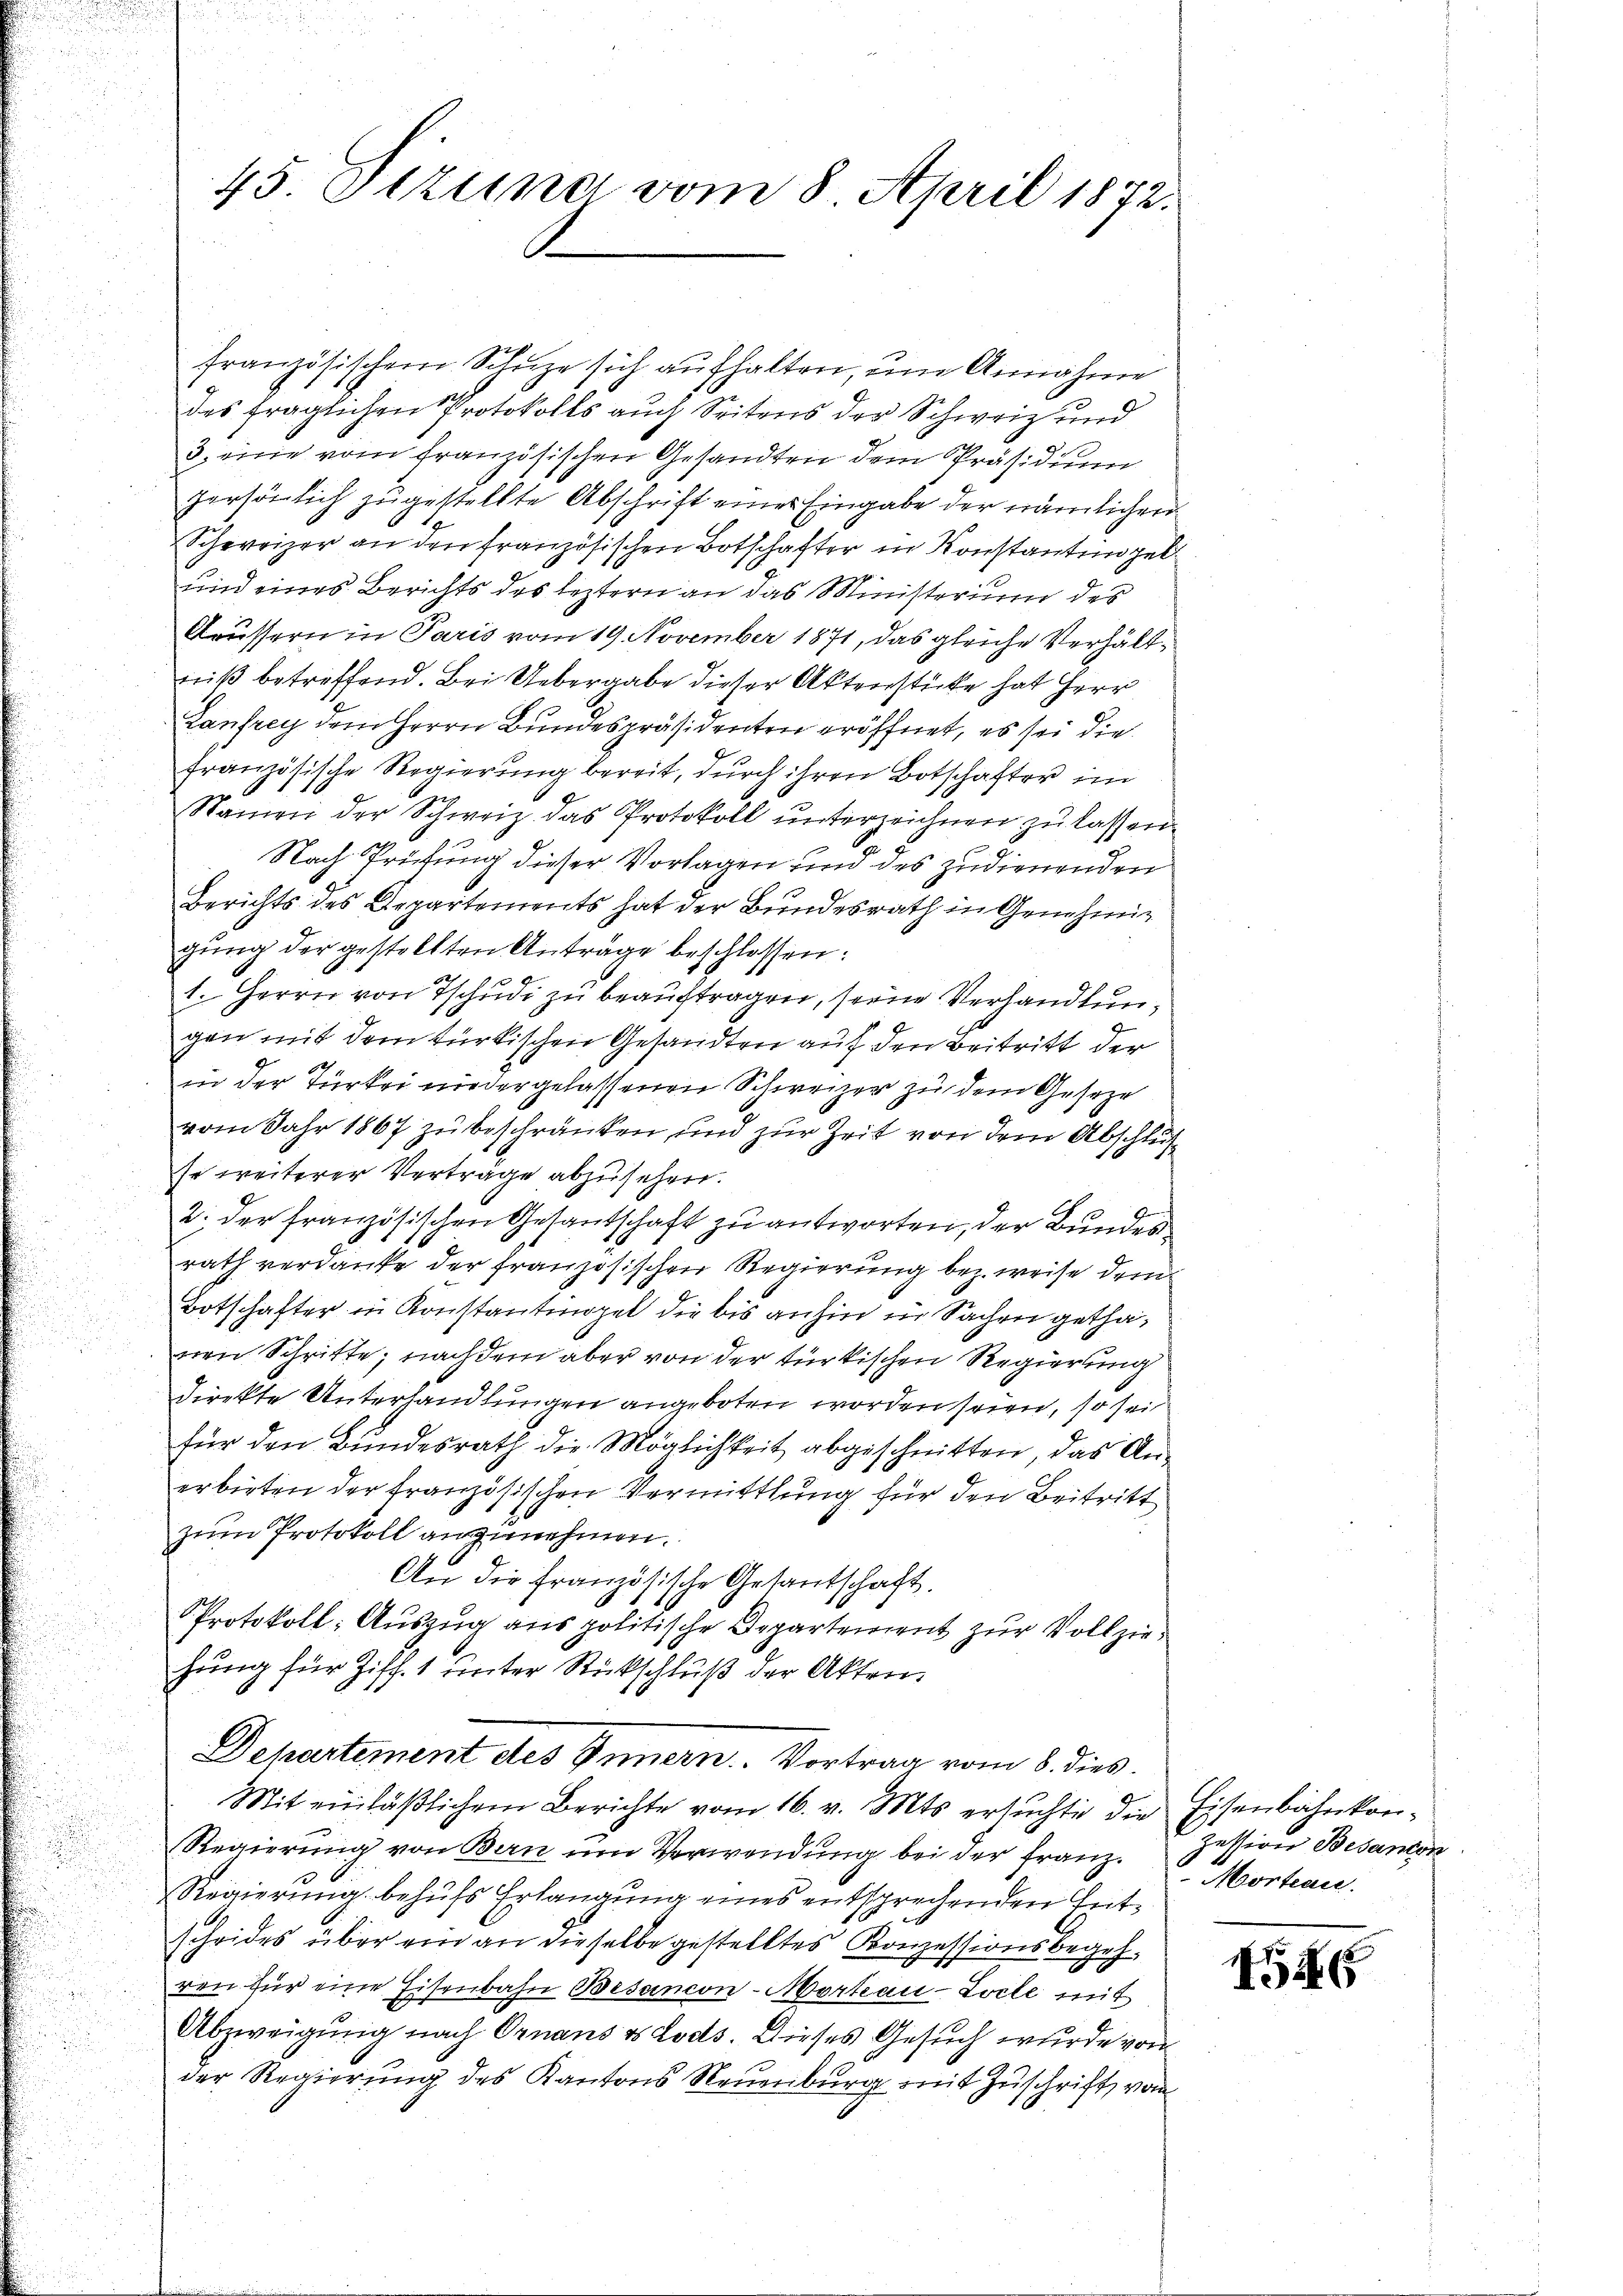
45. Tizung vom 8. April 1872.

französischem Schuze sich aufhalten, um Annahme
des fraglichen Protokolls auch Seitens der Schweiz und
3. eine vom französischen Gesandten dem Präsidium
persönlich zugestellte Abschrift einer Eingabe der nämlicher
Schweizer an den französischen Botschafter in Konstantingel
und eines Berichts des leztern an das Ministerium des
Aeussern in Paris vom 19. November 1871, das gleiche Verhältniß betreffend. Bei Uebergabe dieser Aktenstücke hat Herr
Lanfrey dem Herrn Bundespräsidenten eröffnet, es sei die
französische Regierung bereit, durch ihren Botschafter im
Namen der Schweiz das Protokoll unterzeichnen zu lassen.
Nach Prüfung dieser Vorlagen und des zudienenden
Berichts des Departements hat der Bundesrath in Genehmig
gung der gestellten Anträge beschlossen:
1. Herrn von Tschudi zu beauftragen, seine Verhandlungen mit dem türkischen Gesandten auf den Beitritt der
in der Türkei nieder gelassenen Schweizer zu dem Geseze
vom Jahr 1867 zu beschränken und zur Zeit von dem Abschlusse weiterer Verträge abzusehen.
Gr
2. der französischen Gesantschaft zu antworten, der Bundesrath verdanke der französischen Regierung bez. weise dem¬
Botschafter in Konstantmopel die bis anhin in Sachen gethanen Schritte, nachdem aber von der türkischen Regierung
direkte Unterhandlungen angeboten worden seien, so sei
für den Bundesrath die Möglichkeit abgeschnitten, das Anerbieten der französischen Vermittlung für den Beitritt
zum Protokoll anzunehmen.
An die französische Gesantschaft.
Protokoll: Auszug aus politische Departement zur Vollziehung für Ziff. 1 unter Rückschluß der Akten.
Departement des Innern. Vortrag vom 8. dies
Mit einläβlichem Berichte vom 16. v. Mts. ersŭchte die Eisenbahnkon¬
Regierung von Bern um Verwendung bei der Franz.
Regierung behufs Erlangung eines entsprechenden Entscheides über ein an dieselbe gestelltes Konzessionsbegehren für eine Eisenbahn Besancon-Mortau-Locte mit
1
Abzweigung nach Ornaus es Lods. Dieses Gesuch wurde von
der Regierung des Kantons Neuenburg mit Zuschrift vom

Zession Besanton
Morten.

454